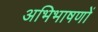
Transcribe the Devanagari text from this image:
अभिभाषणों